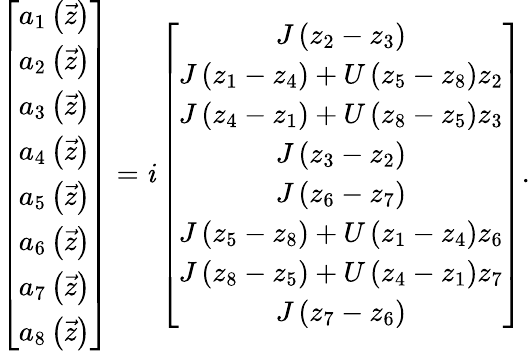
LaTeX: \left[\begin{array}{c}{a_{1}\left(\vec{z}\right)}\\ {a_{2}\left(\vec{z}\right)}\\ {a_{3}\left(\vec{z}\right)}\\ {a_{4}\left(\vec{z}\right)}\\ {a_{5}\left(\vec{z}\right)}\\ {a_{6}\left(\vec{z}\right)}\\ {a_{7}\left(\vec{z}\right)}\\ {a_{8}\left(\vec{z}\right)}\end{array}\right]=\mathit{i}\left[\begin{array}{c}{J\left(z_{2}-z_{3}\right)}\\ {J\left(z_{1}-z_{4}\right)+U\left(z_{5}-z_{8}\right)z_{2}}\\ {J\left(z_{4}-z_{1}\right)+U\left(z_{8}-z_{5}\right)z_{3}}\\ {J\left(z_{3}-z_{2}\right)}\\ {J\left(z_{6}-z_{7}\right)}\\ {J\left(z_{5}-z_{8}\right)+U\left(z_{1}-z_{4}\right)z_{6}}\\ {J\left(z_{8}-z_{5}\right)+U\left(z_{4}-z_{1}\right)z_{7}}\\ {J\left(z_{7}-z_{6}\right)}\end{array}\right].